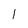
Character: 1